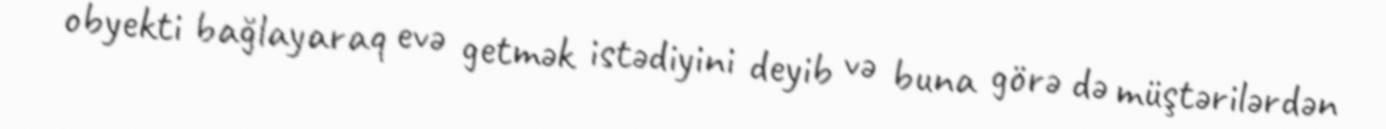
obyekti bağlayaraq evə getmək istədiyini deyib və buna görə də müştərilərdən